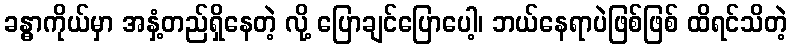
ခန္ဓာကိုယ်မှာ အနှံ့တည်ရှိနေတဲ့ လို့ ပြောချင်ပြောပေါ့၊ ဘယ်နေရာပဲဖြစ်ဖြစ် ထိရင်သိတဲ့